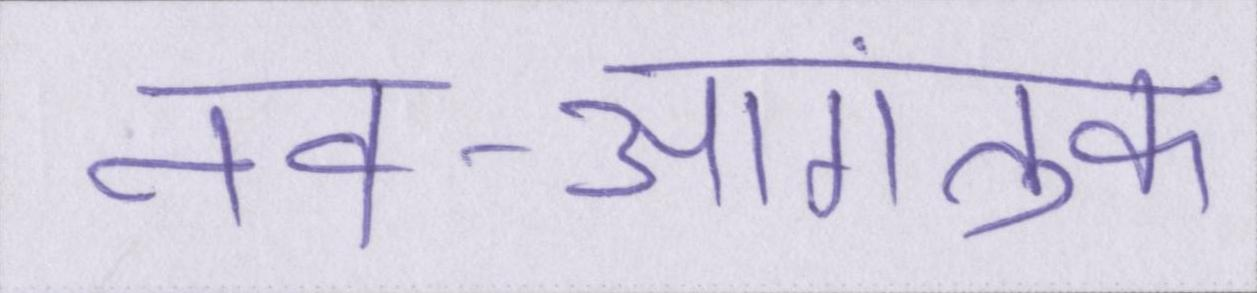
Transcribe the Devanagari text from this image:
नव-आगंतुक